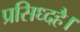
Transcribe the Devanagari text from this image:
प्रसिध्दहै।